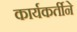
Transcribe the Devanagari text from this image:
कार्यकर्तीने